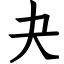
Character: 夬